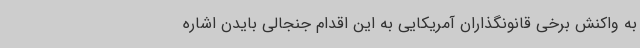
به واکنش برخی قانونگذاران آمریکایی به این اقدام جنجالی بایدن اشاره